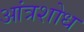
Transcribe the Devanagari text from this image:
आंत्रशोध